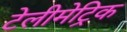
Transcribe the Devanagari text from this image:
टेलीमेट्रिक